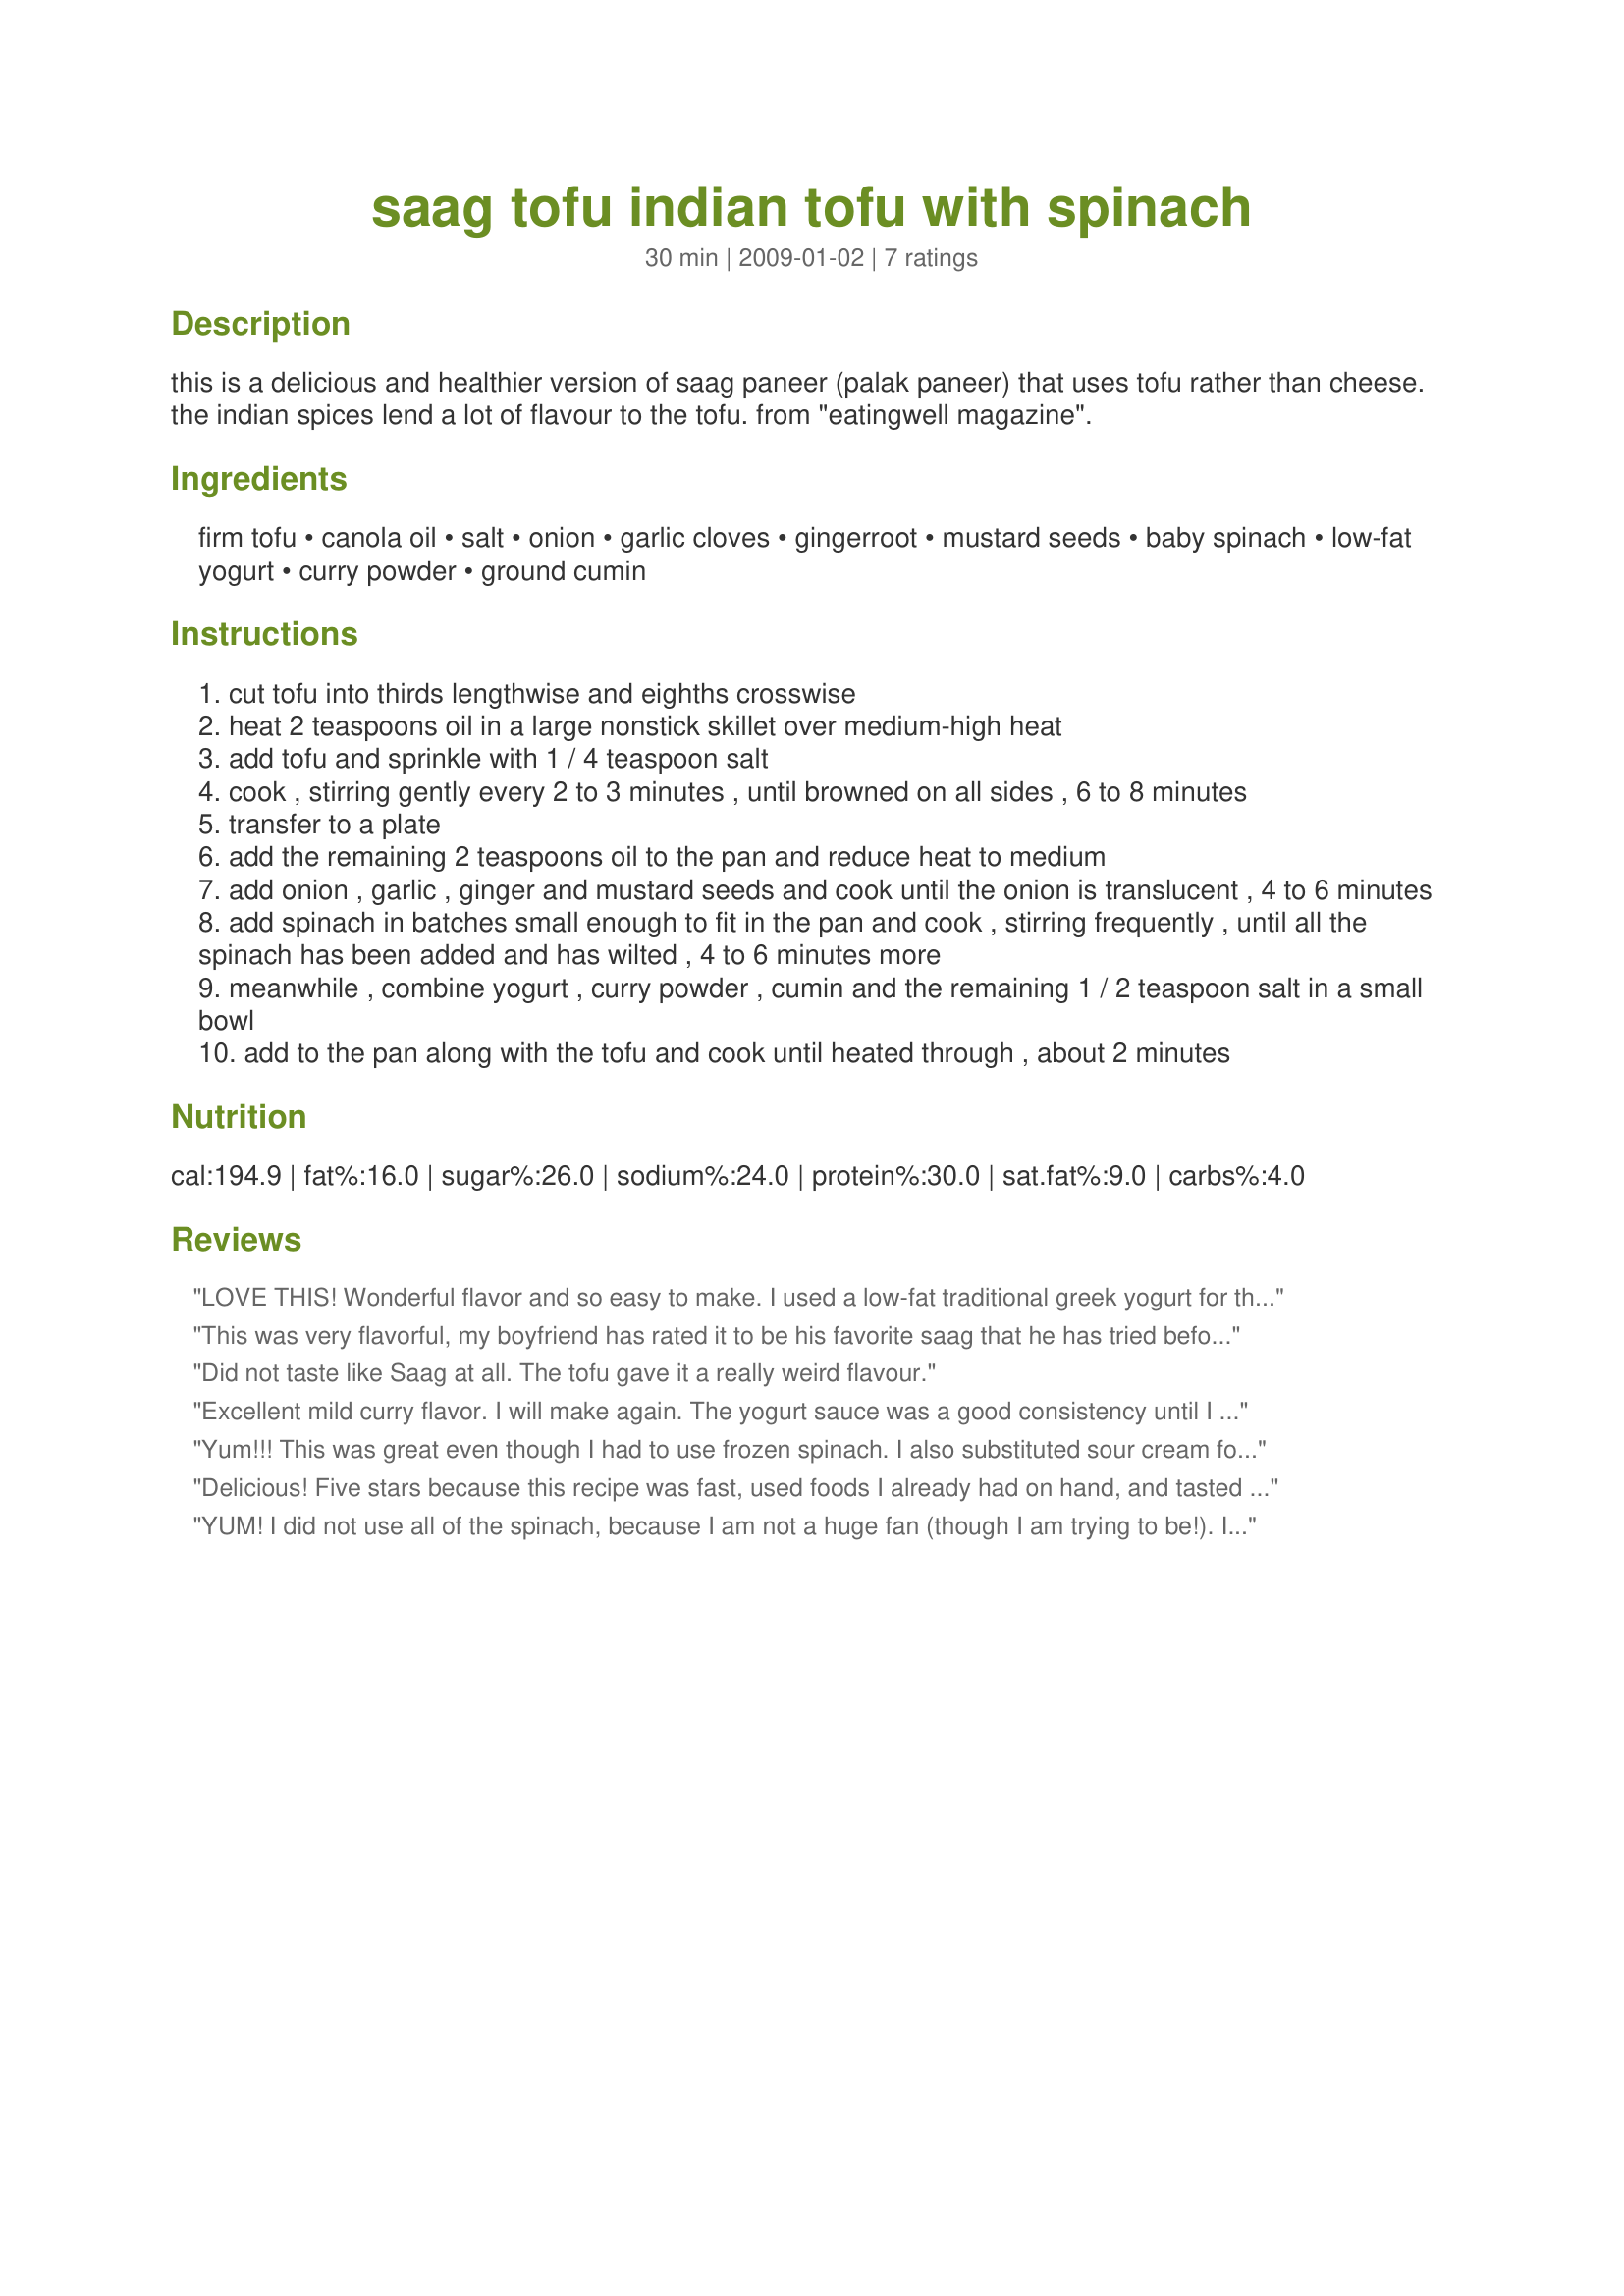
saag tofu indian tofu with spinach
Preparation time: 30 minutes

this is a delicious and healthier version of saag paneer (palak paneer) that uses tofu rather than cheese. the indian spices lend a lot of flavour to the tofu. from "eatingwell magazine".

Ingredients:
firm tofu, canola oil, salt, onion, garlic cloves, gingerroot, mustard seeds, baby spinach, low-fat yogurt, curry powder, ground cumin

Steps:
cut tofu into thirds lengthwise and eighths crosswise
heat 2 teaspoons oil in a large nonstick skillet over medium-high heat
add tofu and sprinkle with 1 / 4 teaspoon salt
cook , stirring gently every 2 to 3 minutes , until browned on all sides , 6 to 8 minutes
transfer to a plate
add the remaining 2 teaspoons oil to the pan and reduce heat to medium
add onion , garlic , ginger and mustard seeds and cook until the onion is translucent , 4 to 6 minutes
add spinach in batches small enough to fit in the pan and cook , stirring frequently , until all the spinach has been added and has wilted , 4 to 6 minutes more
meanwhile , combine yogurt , curry powder , cumin and the remaining 1 / 2 teaspoon salt in a small bowl
add to the pan along with the tofu and cook until heated through , about 2 minutes

Reviews:
LOVE THIS! Wonderful flavor and so easy to make. I used a low-fat traditional greek yogurt for the sauce and olive oil in place of the canola oil. Thank you for sharing!
This was very flavorful, my boyfriend has rated it to be his favorite saag that he has tried before, but alas this just wasn't our cup of tea. We did use frozen spinach instead of fresh and added a tsp of garam marsala it worked just fine. Thank you very much for posting. :)
Did not taste like Saag at all. The tofu gave it a really weird flavour.
Excellent mild curry flavor. I will make again. The yogurt sauce was a good consistency until I heated it. Then it turned very watery. I would have preferred it to stay a little thicker.
Yum!!! This was great even though I had to use frozen spinach. I also substituted sour cream for the yogurt. I"ll definitely be making this again. Thanks!!
Delicious! Five stars because this recipe was fast, used foods I already had on hand, and tasted fantastic! I had to substitute ground mustard for the mustard seeds and used sour cream in place of the yogurt. This was such a satisfying and filling dinner. Thank you for the recipe!
YUM! I did not use all of the spinach, because I am not a huge fan (though I am trying to be!). I used about 1/2 a pound. I also bought cubed tofu. This took a little longer to brown, but still worked really well. This was so simple and turned out amazing! Even my meat-loving husband liked this dish. Thanks!
